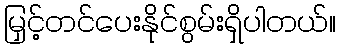
မြှင့်တင်ပေးနိုင်စွမ်းရှိပါတယ်။